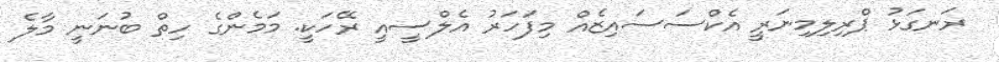
ރަނގަޅު ޕްރިލިމިނަރީ އެކްސަސައިޒެއް މިފަހަރު އެލްސީއީ ރޭހަކީ. މަމެންގެ ހިތް ބުނަނީ މާލެ